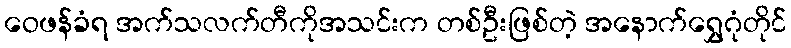
ဝေဖန်ခံရ အက်သလက်တီကိုအသင်းက တစ်ဦးဖြစ်တဲ့ အနောက်ရွှေဂုံတိုင်